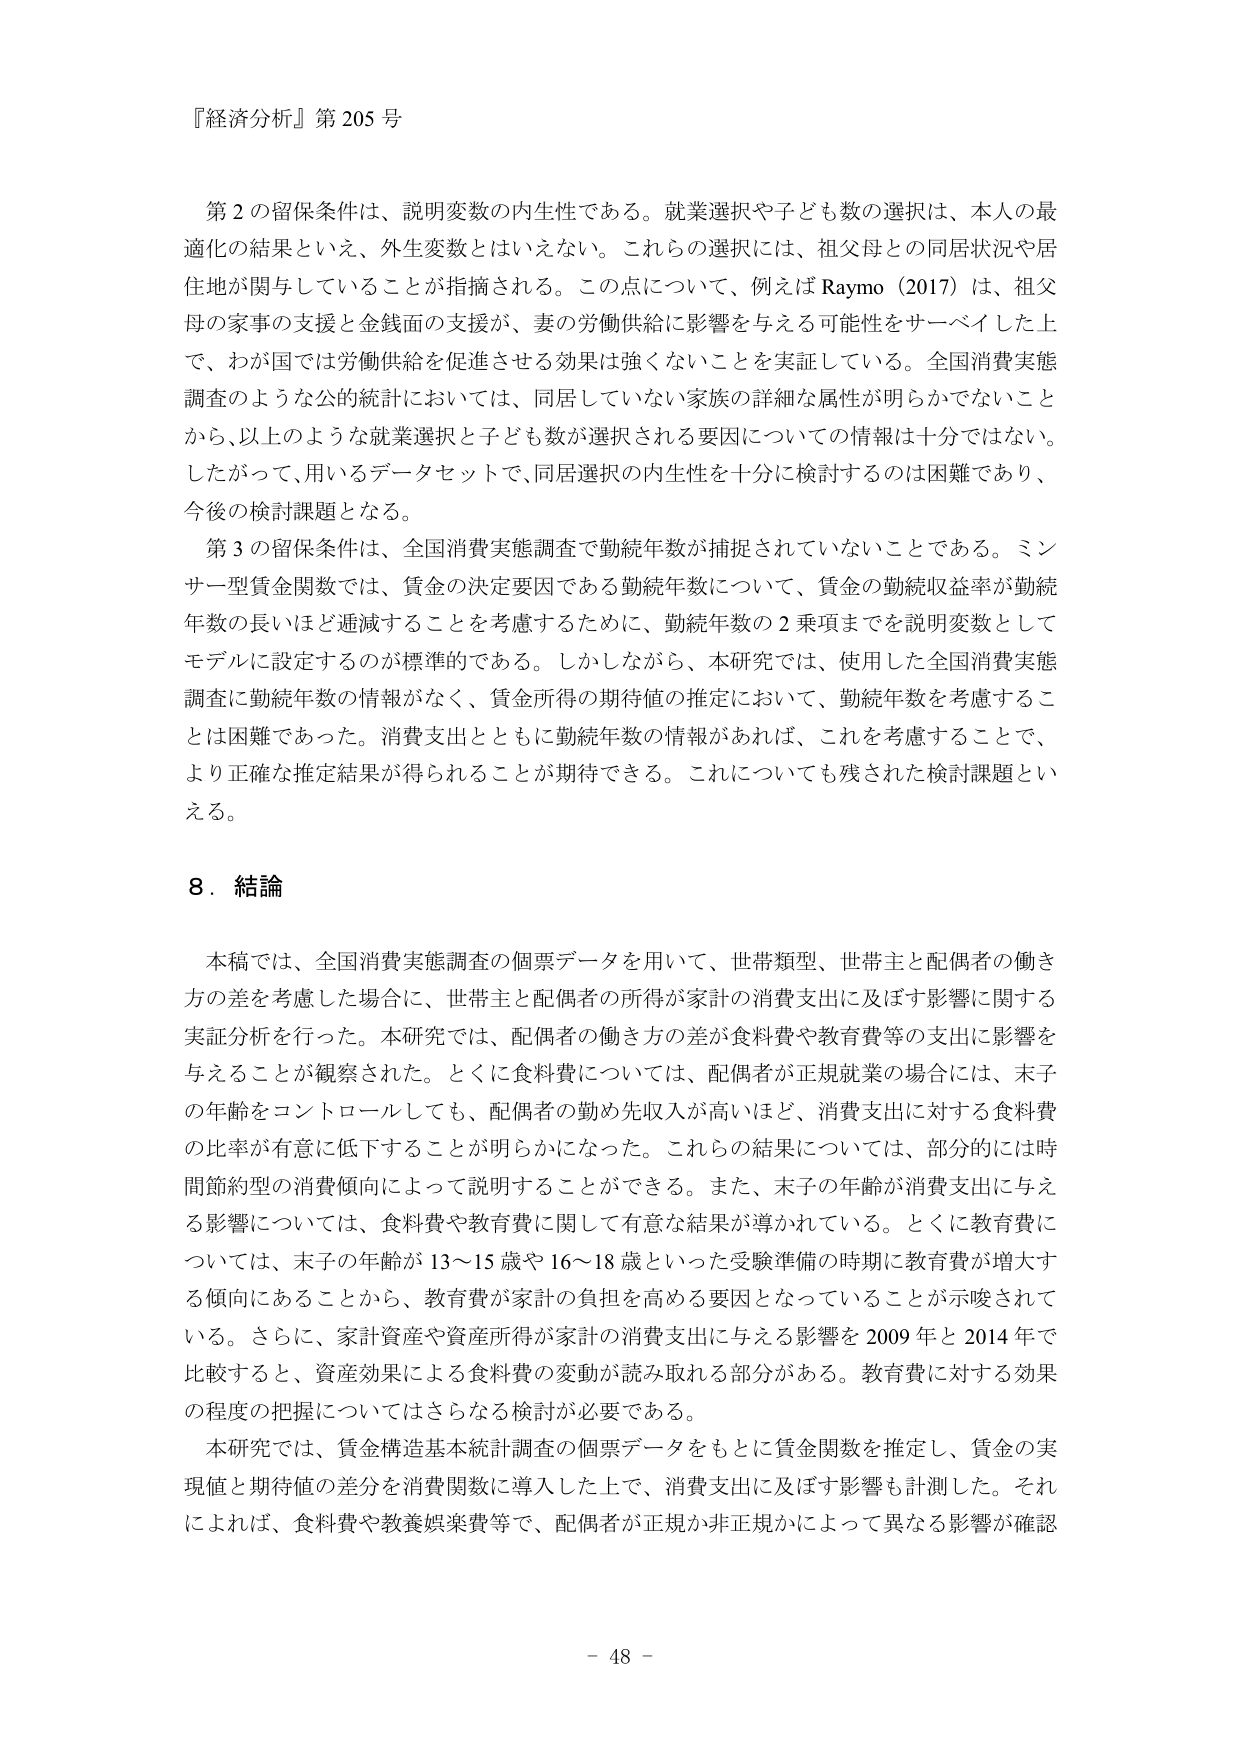
『経済分析』第205号

第2の留保条件は、説明変数の内生性である。就業選択や子ども数の選択は、本人の最適化の結果といえ、外生変数とはいえない。これらの選択には、祖父母との同居状況や居住地が関与していることが指摘される。この点について、例えばRaymo（2017）は、祖父母の家事の支援と金銭面の支援が、妻の労働供給に影響を与える可能性をサーベイした上で、わが国では労働供給を促進させる効果は強くないことを実証している。全国消費実態調査のような公的統計においては、同居していない家族の詳細な属性が明らかでないことから、以上のような就業選択と子ども数が選択される要因についての情報は十分ではない。したがって、用いるデータセットで、同居選択の内生性を十分に検討するのは困難であり、今後の検討課題となる。

第3の留保条件は、全国消費実態調査で勤続年数が捕捉されていないことである。ミンサー型賃金関数では、賃金の決定要因である勤続年数について、賃金の勤続収益率が勤続年数の長いほど逓減することを考慮するために、勤続年数の2乗項までを説明変数としてモデルに設定するのが標準的である。しかしながら、本研究では、使用した全国消費実態調査に勤続年数の情報がなく、賃金所得の期待値の推定において、勤続年数を考慮することは困難であった。消費支出とともに勤続年数の情報があれば、これを考慮することで、より正確な推定結果が得られることが期待できる。これについても残された検討課題といえる。

8．結論

本稿では、全国消費実態調査の個票データを用いて、世帯類型、世帯主と配偶者の働き方の差を考慮した場合に、世帯主と配偶者の所得が家計の消費支出に及ぼす影響に関する実証分析を行った。本研究では、配偶者の働き方の差が食料費や教育費等の支出に影響を与えることが観察された。とくに食料費については、配偶者が正規就業の場合には、末子の年齢をコントロールしても、配偶者の勤め先収入が高いほど、消費支出に対する食料費の比率が有意に低下することが明らかになった。これらの結果については、部分的には時間節約型の消費傾向によって説明することができる。また、末子の年齢が消費支出に与える影響については、食料費や教育費に関して有意な結果が導かれている。とくに教育費については、末子の年齢が13～15歳や16～18歳といった受験準備の時期に教育費が増大する傾向にあることから、教育費が家計の負担を高める要因となっていることが示唆されている。さらに、家計資産や資産所得が家計の消費支出に与える影響を2009年と2014年で比較すると、資産効果による食料費の変動が読み取れる部分がある。教育費に対する効果の程度の把握についてはさらなる検討が必要である。

本研究では、賃金構造基本統計調査の個票データをもとに賃金関数を推定し、賃金の実現値と期待値の差分を消費関数に導入した上で、消費支出に及ぼす影響も計測した。それによれば、食料費や教養娯楽費等で、配偶者が正規か非正規かによって異なる影響が確認

- 48 -